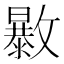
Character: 𣀠